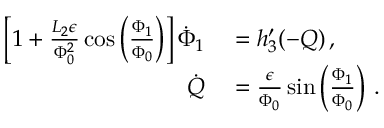
\begin{array} { r l } { \left[ 1 + \frac { L _ { 2 } \epsilon } { \Phi _ { 0 } ^ { 2 } } \cos \left( \frac { \Phi _ { 1 } } { \Phi _ { 0 } } \right) \right] \dot { \Phi } _ { 1 } } & { { } = h _ { 3 } ^ { \prime } ( - Q ) \, , } \\ { \dot { Q } } & { { } = \frac { \epsilon } { \Phi _ { 0 } } \sin \left( \frac { \Phi _ { 1 } } { \Phi _ { 0 } } \right) \, . } \end{array}